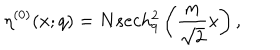
\eta ^ { ( 0 ) } ( x ; q ) = N s e c h _ { q } ^ { 2 } \left( \frac { m } { \sqrt 2 } x \right) ,